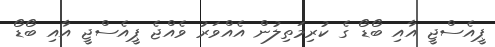
ޕީއެސްޖީ އާއި ބޯޑޯ ގެ ކުރިމަތިލުން އެއްވަރު ވެއްޖެ ޕީއެސްޖީ އާއި ބޯޑޯ